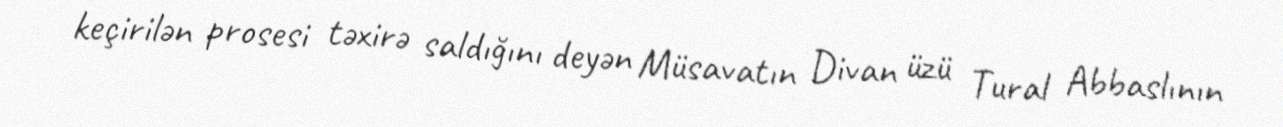
keçirilən prosesi təxirə saldığını deyən Müsavatın Divan üzü Tural Abbaslının